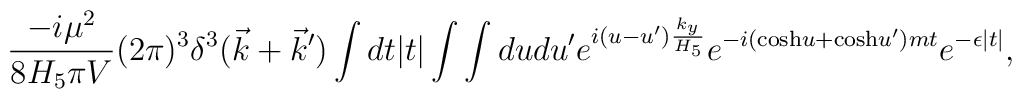
{-i\mu^2 \over 8 H_5 \pi V} (2 \pi)^3 \delta^3(\vec{k}+\vec{k}') \int dt |t| \int\int du du' e^{i(u-u'){k_y\over H_5}} e^{-i({\rm cosh} u+{\rm cosh} u') mt} e^{-\epsilon |t|},